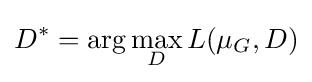
D^{*}=\arg \max _{D}L(\mu _{G},D)